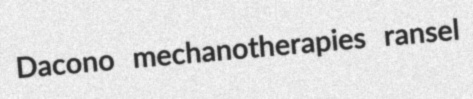
Dacono mechanotherapies ransel